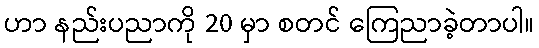
ဟာ နည်းပညာကို 20 မှာ စတင် ကြေညာခဲ့တာပါ။